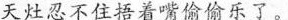
天灶忍不住捂着嘴偷偷乐了。